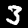
Digit: 3